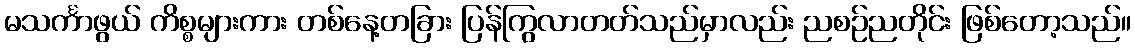
မသင်္ကာဖွယ် ကိစ္စများကား တစ်နေ့တခြား ပြန်ကြွလာတတ်သည်မှာလည်း ညစဉ်ညတိုင်း ဖြစ်တော့သည်။